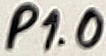
Text: P1.0